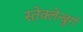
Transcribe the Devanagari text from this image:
स्तेक्लेन्बुर्ग